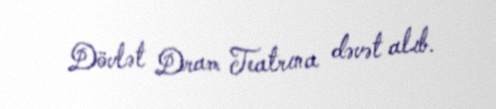
Dövlət Dram Teatrına dəvət alıb.